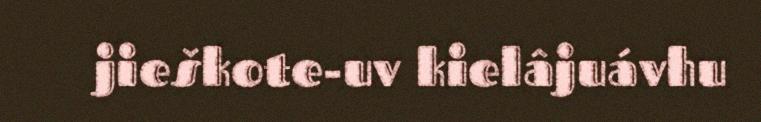
jieškote-uv kielâjuávhu